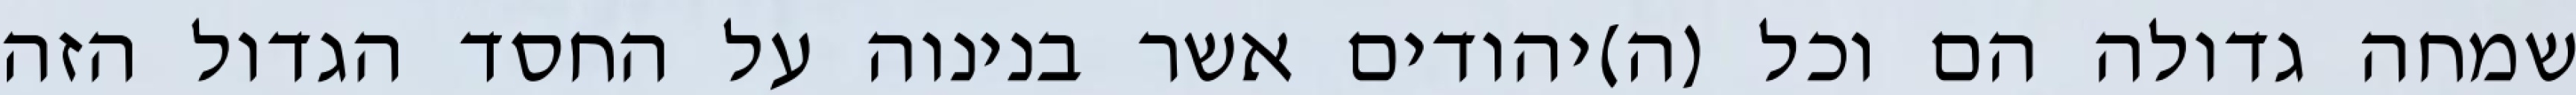
שמחה גדולה הם וכל (ה)יהודים אשר בנינוה על החסד הגדול הזה